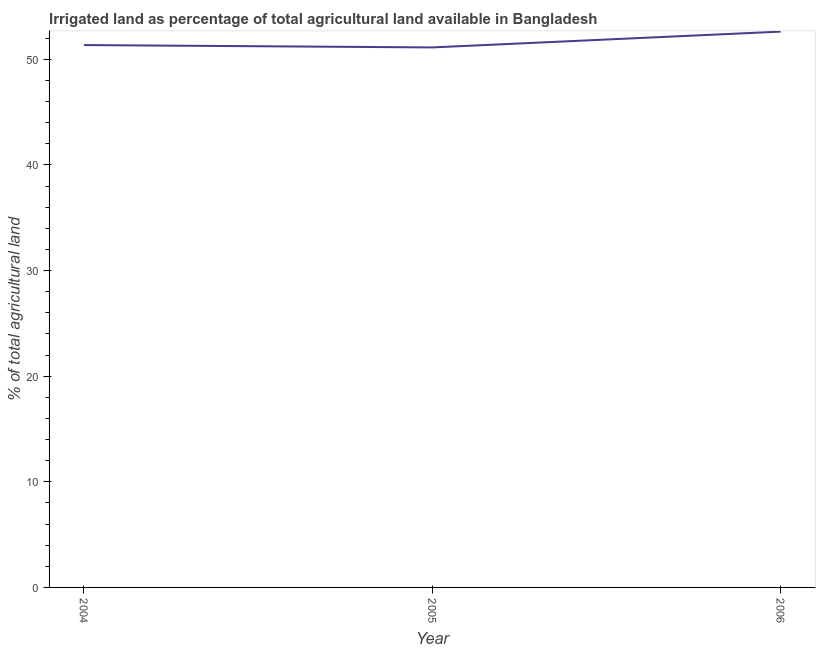
| Year | Agricultural irrigated land  |
 | --- | --- |
 | 2004 | 51.3 |
 | 2005 | 51.1 |
 | 2006 | 52.6 |